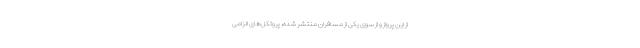
از این پرواز و از سوی یکی از مسافران منتشر شده، پروتکل‌های الزامی